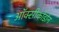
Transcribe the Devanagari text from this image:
ऑक्सीकोडोन